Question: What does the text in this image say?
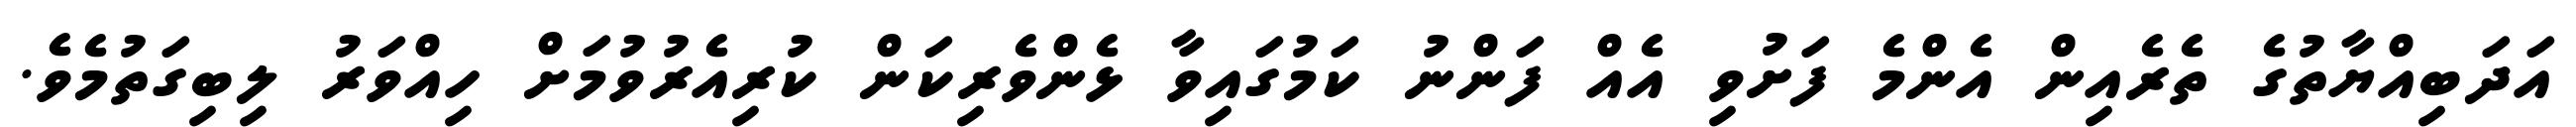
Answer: އަދަބިއްޔާތުގެ ތެރެއިން އެންމެ ފަށުވި އެއް ފަންނު ކަމުގައިވާ ޅެންވެރިކަން ކުރިއެރުވުމަށް ހިއްވަރު ލިބިގަތުމެވެ.